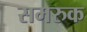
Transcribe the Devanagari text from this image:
समरुक